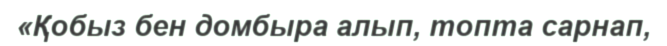
«Қобыз бен домбыра алып, топта сарнап,